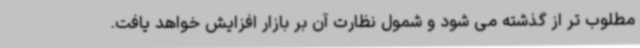
مطلوب تر از گذشته می شود و شمول نظارت آن بر بازار افزایش خواهد یافت.